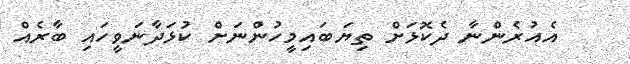
އެއުރެންނާ ދެކޮޅަށް ތިޔަބައިމީހުންނަށް ކުޅަދާނަވީހައި ބާރެއް